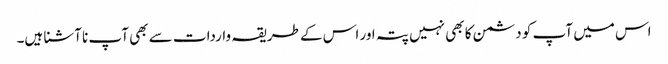
اس میں آپ کو دشمن کا بھی نہیں پتہ اور اس کے طریقہ واردات سے بھی آپ نا آشنا ہیں۔